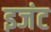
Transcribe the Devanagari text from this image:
इजंट